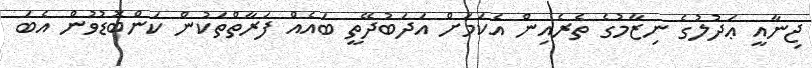
ޖިނާއީ ޢަދުލުގެ ނިޒާމުގެ ތެރެއިން އެކަމަށް އަދަބުދޭތީ ބައެއް ފަރާތްތަކުން ކަންބޮޑުވުން އެބަ